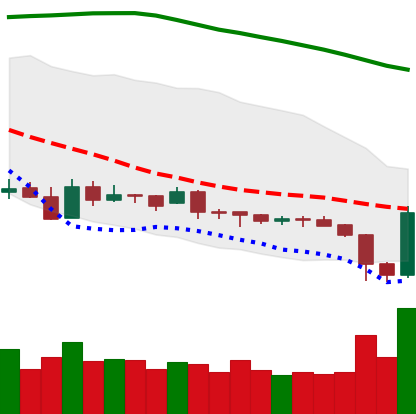
Ticker: XRP-USD
Chart end date: 2019-01-30
Forward return: -6.323%
Label: down_5_7